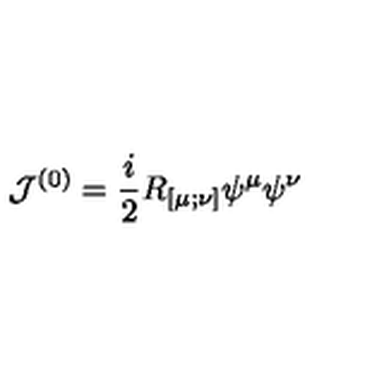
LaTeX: { \cal J } ^ { ( 0 ) } = \frac i 2 R _ { [ \mu ; \nu ] } \psi ^ { \mu } \psi ^ { \nu }